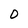
Character: 0